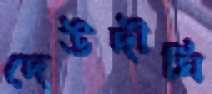
দেউদীঘি